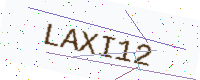
Text: LAXI12